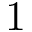
1